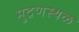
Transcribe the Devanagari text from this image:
मुद्रणस्थळ